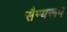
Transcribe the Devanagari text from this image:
सैन्यरूप